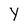
Character: Y